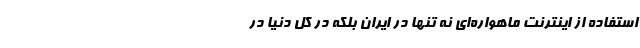
استفاده از اینترنت ماهواره‌ای نه تنها در ایران بلکه در کل دنیا در